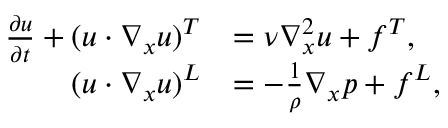
\begin{array} { r l } { \frac { \partial \boldsymbol { u } } { \partial t } + ( \boldsymbol { u } \cdot \nabla _ { \boldsymbol { x } } \boldsymbol { u } ) ^ { T } } & { = \nu \nabla _ { \boldsymbol { x } } ^ { 2 } \boldsymbol { u } + \boldsymbol { f } ^ { T } , } \\ { ( \boldsymbol { u } \cdot \nabla _ { \boldsymbol { x } } \boldsymbol { u } ) ^ { L } } & { = - \frac { 1 } { \rho } \nabla _ { \boldsymbol { x } } p + \boldsymbol { f } ^ { L } , } \end{array}